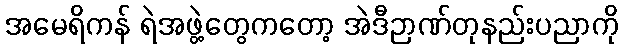
အမေရိကန် ရဲအဖွဲ့တွေကတော့ အဲဒီဉာဏ်တုနည်းပညာကို